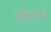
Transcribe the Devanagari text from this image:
पीकार्ड